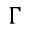
\Gamma